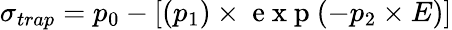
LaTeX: \sigma_{trap}=p_{0}-[(p_{1})\times\mathrm{~e~x~p~}(-p_{2}\times E)]